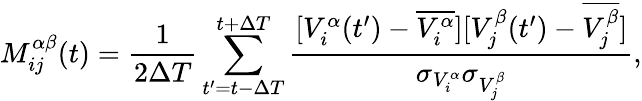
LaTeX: M_{ij}^{\alpha\beta}(t)=\frac{1}{2\Delta T}\sum_{t^{\prime}=t-\Delta T}^{t+\Delta T}\frac{[V_{i}^{\alpha}(t^{\prime})-\overline{{V_{i}^{\alpha}}}][V_{j}^{\beta}(t^{\prime})-\overline{{V_{j}^{\beta}}}]}{\sigma_{V_{i}^{\alpha}}\sigma_{V_{j}^{\beta}}},